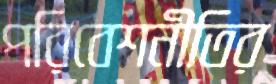
পরিবেশনীতির